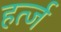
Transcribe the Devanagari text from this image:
हर्त्ज